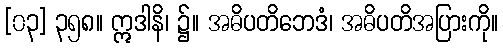
[၀၃] ၃၅၈။ ဣဒါနိ၊ ၌။ အဓိပတိဘေဒံ၊ အဓိပတိအပြားကို။